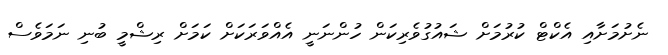
ނެށުމަށާއި އެކްޓް ކުރުމަށް ޝައުގުވެރިކަން ހުންނަނީ އެއްވަރަކަށް ކަމަށް ރިޝްމީ ބުނި ނަމަވެސް